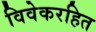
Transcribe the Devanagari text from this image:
विवेकरहित